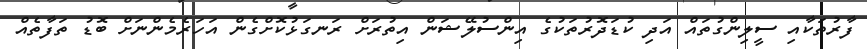
ފާރުތަކާއި ސީލިންގުތައް އަދި ކުޑަދޮރުތަކުގެ އިންސުލޭޝަން އިތުރަށް ރަނގަޅުކޮށްގެން އަހަރެމެންނަށް ބޮޑު ތަފާތެއް